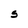
Character: S